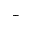
_ { \perp }